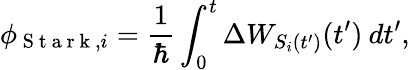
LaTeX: \phi_{\mathrm{~S~t~a~r~k~},i}=\frac{1}{\hbar}\int_{0}^{t}\Delta W_{S_{i}(t^{\prime})}(t^{\prime})\: dt^{\prime},